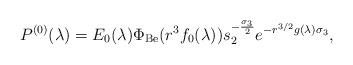
LaTeX: \begin{align*}P^{(0)}(\lambda) = E_{0}(\lambda)\Phi_{\mathrm{Be}}(r^{3}f_{0}(\lambda))s_{2}^{-\frac{\sigma_{3}}{2}}e^{-r^{3/2}g(\lambda)\sigma_{3}},\end{align*}